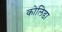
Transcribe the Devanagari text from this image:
कोलिडा